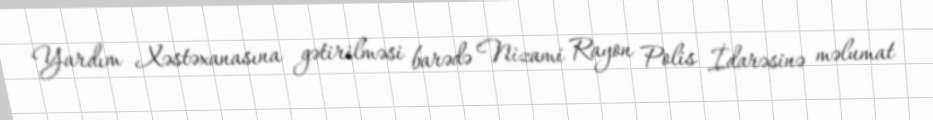
Yardım Xəstəxanasına gətirilməsi barədə Nizami Rayon Polis İdarəsinə məlumat